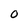
Character: O